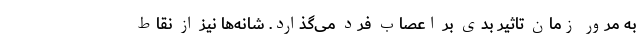
به مرور زمان تاثیر بدی بر اعصاب فرد می‌گذارد. شانه‌ها نیز از نقاط